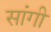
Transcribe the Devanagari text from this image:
सांगी